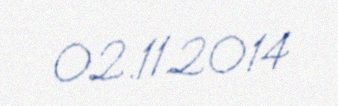
02.11.2014